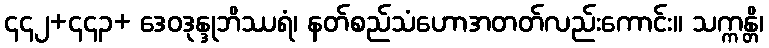
၄၄၂+၄၄၃+ ဒေဝဒုန္ဒုဘိဿရံ၊ နတ်စည်သံဟောအတတ်လည်းကောင်း။ သက္ကန္တိ၊